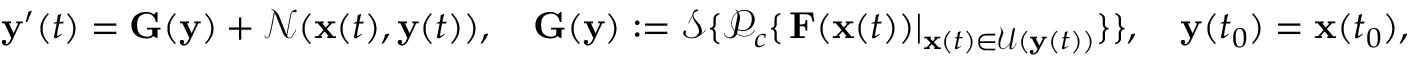
\mathbf { y } ^ { \prime } ( t ) = \mathbf { G } ( \mathbf { y } ) + \mathcal { N } ( \mathbf { x } ( t ) , \mathbf { y } ( t ) ) , \quad \mathbf { G } ( \mathbf { y } ) : = \mathcal { S } \{ \mathcal { P } _ { c } \{ \left. \mathbf { F } ( \mathbf { x } ( t ) ) \right| _ { \mathbf { x } ( t ) \in \mathcal { U } ( \mathbf { y } ( t ) ) } \} \} , \quad \mathbf { y } ( t _ { 0 } ) = \mathbf { x } ( t _ { 0 } ) ,